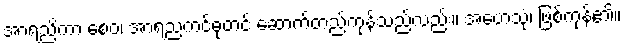
အာရညိကာ စေဝ၊ အာရညကင်ဓုတင် ဆောက်တည်ကုန်သည်လည်း။ အဟေသုံ၊ ဖြစ်ကုန်၏။